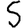
Digit: 5